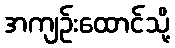
အကျဉ်းထောင်သို့